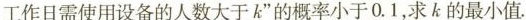
工作日需使用设备的人数大于k的概率小于0.1，求k的最小值.